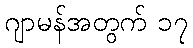
ဂျာမန်အတွက် ၁၇